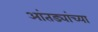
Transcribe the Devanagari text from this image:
आंतड्यांच्या